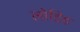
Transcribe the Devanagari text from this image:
लोडिड